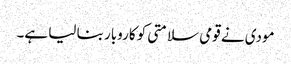
مودی نے قومی سلامتی کو کاروبار بنا لیا ہے۔